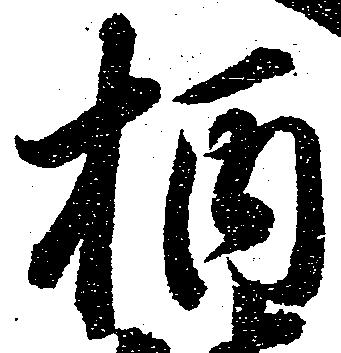
柄